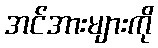
အင်အားများကို